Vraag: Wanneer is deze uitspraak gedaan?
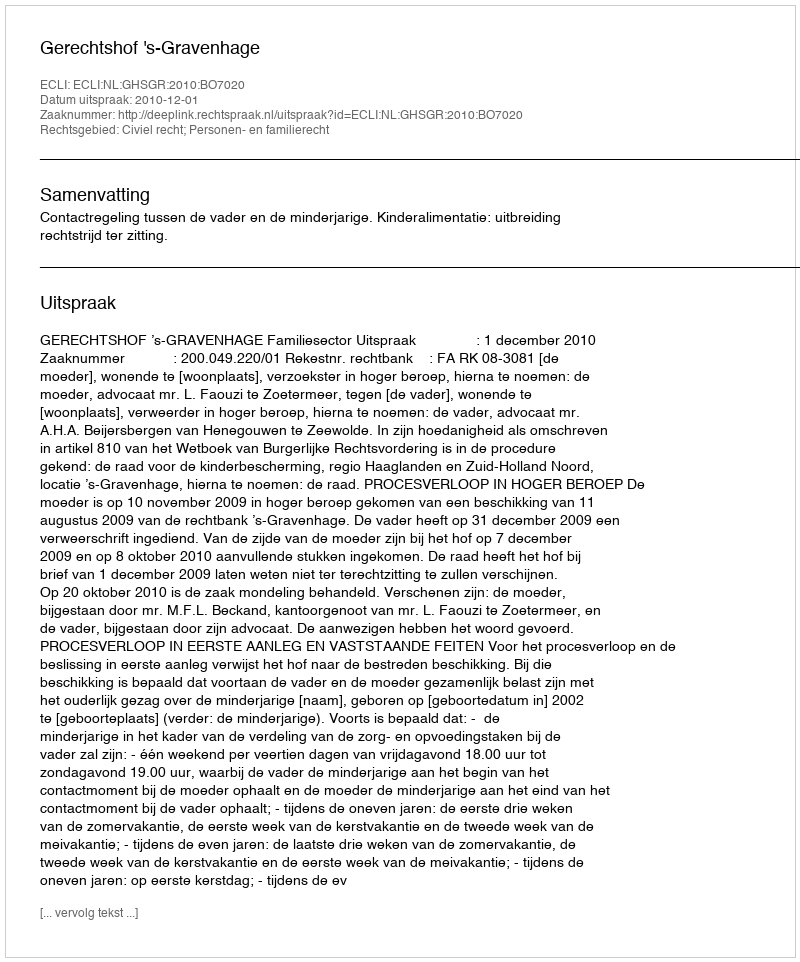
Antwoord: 2010-12-01